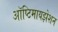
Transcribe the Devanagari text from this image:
ऑप्टिमायझेशन